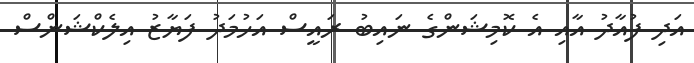
އަދި ފުއާދު އާއި އެ ކޮމިޝަންގެ ނައިބު ރައީސް އަހުމަދު ފަޔާޒު އިލެކްޝަންސް